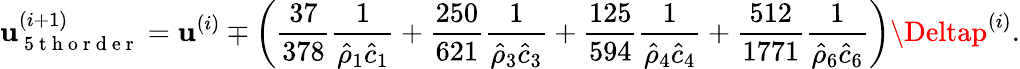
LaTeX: \mathbf{u}_{\mathrm{{~5~t~h~o~r~d~e~r~}}}^{(i+1)}=\mathbf{u}^{(i)}\mp\left(\frac{{37}}{{378}}\frac{{1}}{{\hat{{\rho}}_{1}\hat{{c}}_{1}}}+\frac{{250}}{{621}}\frac{{1}}{{\hat{{\rho}}_{3}\hat{{c}}_{3}}}+\frac{{125}}{{594}}\frac{{1}}{{\hat{{\rho}}_{4}\hat{{c}}_{4}}}+\frac{{512}}{{1771}}\frac{{1}}{{\hat{{\rho}}_{6}\hat{{c}}_{6}}}\right)\Deltap^{(i)}.